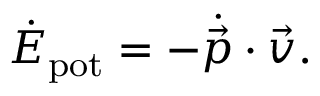
\dot { E } _ { \mathrm { p o t } } = - \dot { \vec { p } } \cdot \vec { v } .